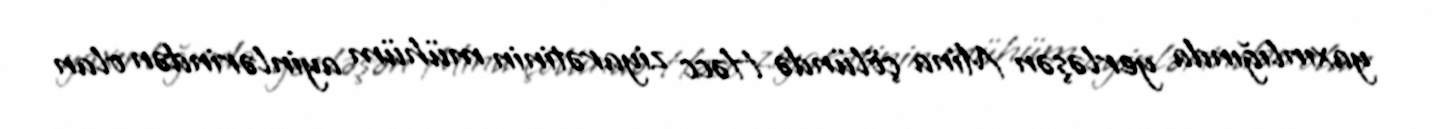
yaxınlığında yerləşən Mina çölündə Həcc ziyarətinin mühüm ayinlərindən olan